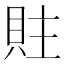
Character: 䝬